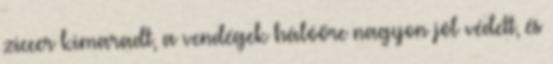
ziccer kimaradt, a vendégek hálóőre nagyon jól védett, és